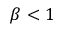
\beta < 1